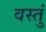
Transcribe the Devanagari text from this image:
वस्तुं